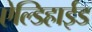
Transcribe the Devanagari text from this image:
ऐल्डिहाईड